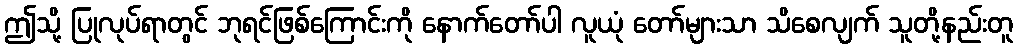
ဤသို့ ပြုလုပ်ရာတွင် ဘုရင်ဖြစ်ကြောင်းကို နောက်တော်ပါ လူယုံ တော်များသာ သိစေလျက် သူတို့နည်းတူ